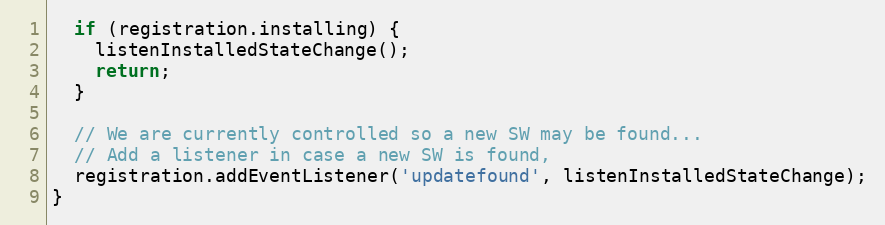
Language: JavaScript
  if (registration.installing) {
    listenInstalledStateChange();
    return;
  }

  // We are currently controlled so a new SW may be found...
  // Add a listener in case a new SW is found,
  registration.addEventListener('updatefound', listenInstalledStateChange);
}